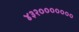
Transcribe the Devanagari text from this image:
४३२०००००००